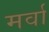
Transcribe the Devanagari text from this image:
मर्वा